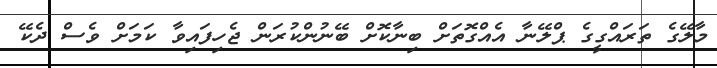
މާލޭގެ ތަރައްގީގެ ޕްލޭނާ އެއްގޮތަށް ބިނާކޮށް ބޭނުންކުރަން ޖެހިފައިވާ ކަމަށް ވެސް ދެކޭ